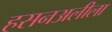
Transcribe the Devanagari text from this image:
हसनअलीला